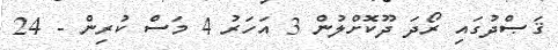
ޤަޞްދުގައި ރޯދަ ދޫކޮށްލުން 3 އަހަރު 4 މަސް ކުރިން - 24